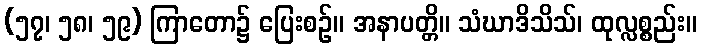
(၅၇၊ ၅၈၊ ၅၉) ကြာတော၌ ပြေးစဉ်။ အနာပတ္တိ။ သံဃာဒိသိသ်၊ ထုလ္လစ္စည်း။